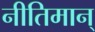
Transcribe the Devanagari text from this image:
नीतिमान्